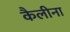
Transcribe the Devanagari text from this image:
कैलीना